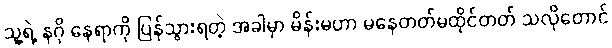
သူ့ရဲ့ နဂို နေရာကို ပြန်သွားရတဲ့ အခါမှာ မိန်းမဟာ မနေတတ်မထိုင်တတ် သလိုတောင်